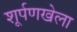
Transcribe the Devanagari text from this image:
शूर्पणखेला